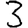
Digit: 3